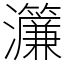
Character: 𤅄